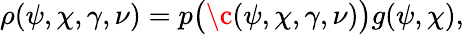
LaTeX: \rho(\psi,\chi,\gamma,\nu)=p\big(\c(\psi,\chi,\gamma,\nu)\big)g(\psi,\chi),